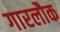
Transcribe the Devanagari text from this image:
गारलौक